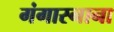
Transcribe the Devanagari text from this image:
गंगास्नाना